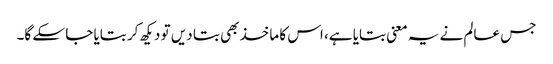
جس عالم نے یہ معنی بتایا ہے، اس کا ماخذ بھی بتا دیں تو دیکھ کر بتایا جا سکے گا۔